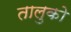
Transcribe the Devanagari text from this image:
तालुको